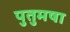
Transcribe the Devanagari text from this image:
पुतुमषा